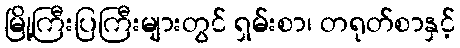
မြို့ကြီးပြကြီးများတွင် ရှမ်းစာ၊ တရုတ်စာနှင့်